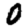
Digit: 0